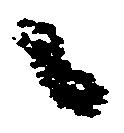
々